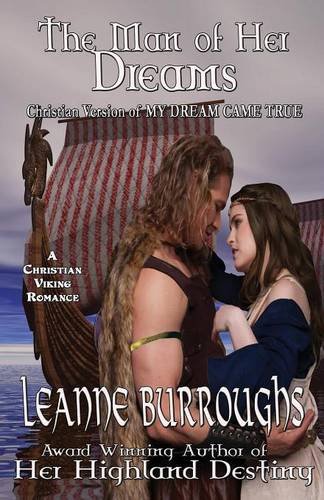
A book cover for The Man of Her Dreams; Leanne Burroughs; Romance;